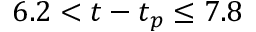
6 . 2 < t - t _ { p } \leq 7 . 8